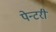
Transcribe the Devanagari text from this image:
पेन्टरी